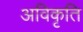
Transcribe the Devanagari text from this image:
अविकृति